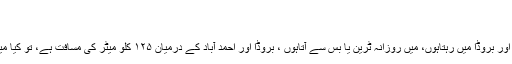
ماخذ :دار الافتاء جامعہ فاروقیہ
فتوی نمبر :91/278-280
- میں احمد آباد میں ملازمت کرتاہوں اور بروڈا میں رہتاہوں، میں روزانہ ٹرین یا بس سے آتاہوں ، بروڈا اور احمد آباد کے درمیان ۱۲۵ کلو میٹر کی مسافت ہے، تو کیا میں قصر پڑھوں یا پوری نماز پڑھوں؟